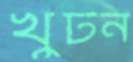
খুঁটন